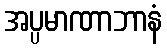
အပ္ပမာဏာဘာနံ